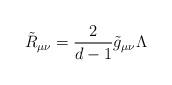
LaTeX: \begin{align*} \tilde R_{\mu\nu} = \frac{2}{d-1}\tilde g_{\mu\nu} \Lambda\end{align*}